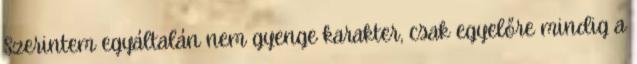
Szerintem egyáltalán nem gyenge karakter, csak egyelőre mindig a